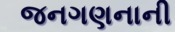
જનગણનાની